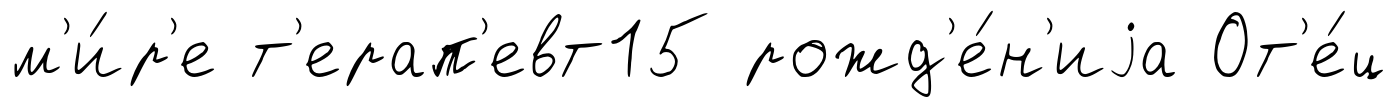
м'и́р'е т'ерап'евт15 рожд'е́н'иjа От'е́ц